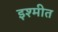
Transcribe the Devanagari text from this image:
इश्मीत